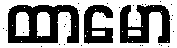
ထာမော